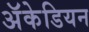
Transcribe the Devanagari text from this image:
अॅकेडियन